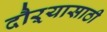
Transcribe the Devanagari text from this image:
दौऱ्यासाठी